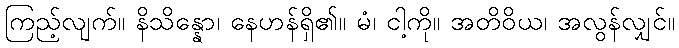
ကြည့်လျက်။ နိသိန္နော၊ နေဟန်ရှိ၏။ မံ၊ ငါ့ကို။ အတိဝိယ၊ အလွန်လျှင်။